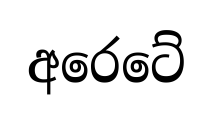
අරෙටේ